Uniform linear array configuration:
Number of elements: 32
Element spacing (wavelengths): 1
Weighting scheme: kaiser
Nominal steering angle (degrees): -45
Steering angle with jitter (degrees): -45.571
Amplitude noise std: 0.05
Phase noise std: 0.05

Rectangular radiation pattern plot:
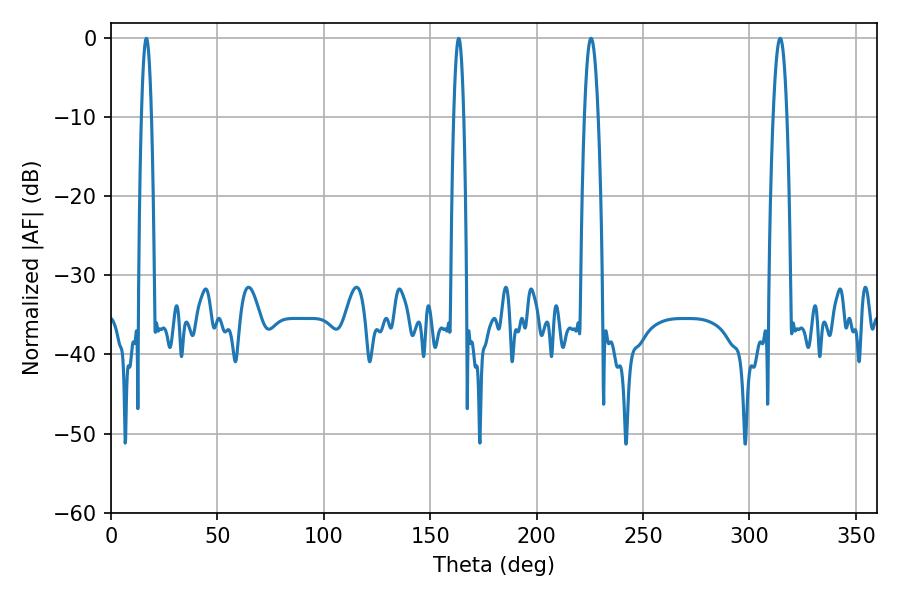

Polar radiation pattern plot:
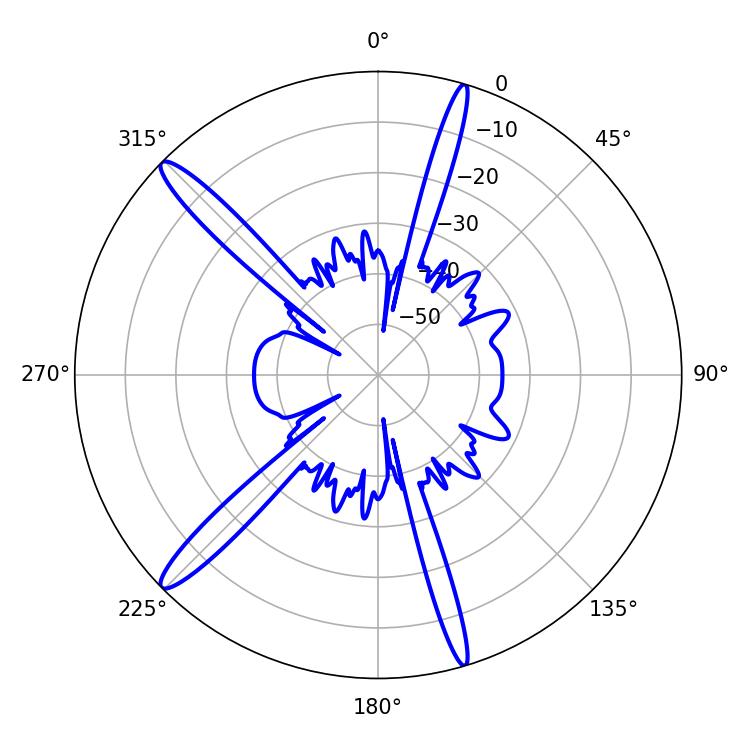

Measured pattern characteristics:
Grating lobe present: TRUE
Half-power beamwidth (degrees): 3.42
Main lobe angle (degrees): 225.54